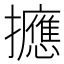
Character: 𪯂